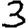
Digit: 3